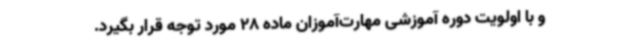
و با اولویت دوره آموزشی مهارت‌آموزان ماده 28 مورد توجه قرار بگیرد.